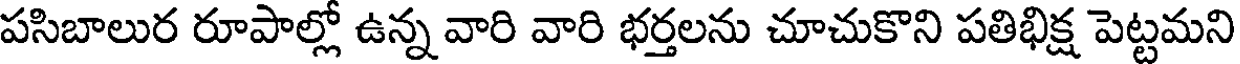
పసిబాలుర రూపాల్లో ఉన్న వారి వారి భర్తలను చూచుకొని పతిభిక్ష పెట్టమని